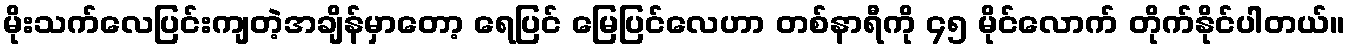
မိုးသက်လေပြင်းကျတဲ့အချိန်မှာတော့ ရေပြင် မြေပြင်လေဟာ တစ်နာရီကို ၄၅ မိုင်လောက် တိုက်နိုင်ပါတယ်။